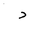
Letter: _dal